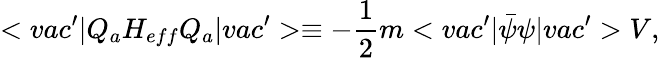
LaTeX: <vac^{\prime}|Q_{a}H_{eff}Q_{a}|vac^{\prime}>\equiv-\frac{1}{2}m<vac^{\prime}|\bar{\psi}\psi|vac^{\prime}>V,